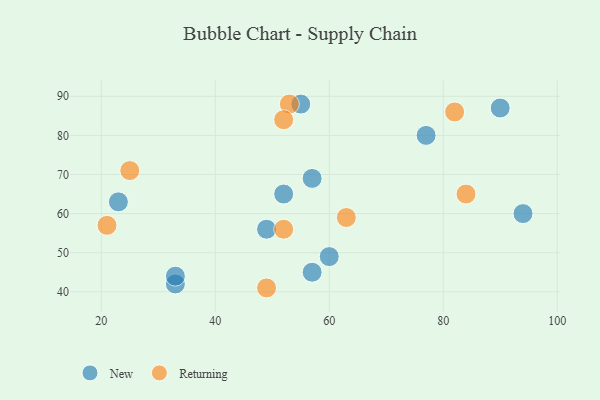
{"axis": {"x": "GDP", "y": "Life Expectancy"}, "legend": ["New", "Returning"], "data": [{"x": "57", "y": 69, "type": "New"}, {"x": "94", "y": 60, "type": "New"}, {"x": "23", "y": 63, "type": "New"}, {"x": "77", "y": 80, "type": "New"}, {"x": "49", "y": 56, "type": "New"}, {"x": "57", "y": 45, "type": "New"}, {"x": "33", "y": 42, "type": "New"}, {"x": "55", "y": 88, "type": "New"}, {"x": "60", "y": 49, "type": "New"}, {"x": "52", "y": 65, "type": "New"}, {"x": "33", "y": 44, "type": "New"}, {"x": "90", "y": 87, "type": "New"}, {"x": "52", "y": 56, "type": "Returning"}, {"x": "49", "y": 41, "type": "Returning"}, {"x": "84", "y": 65, "type": "Returning"}, {"x": "53", "y": 88, "type": "Returning"}, {"x": "52", "y": 84, "type": "Returning"}, {"x": "25", "y": 71, "type": "Returning"}, {"x": "21", "y": 57, "type": "Returning"}, {"x": "63", "y": 59, "type": "Returning"}, {"x": "82", "y": 86, "type": "Returning"}]}